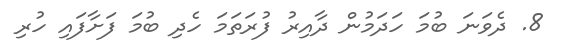
8. ދެވަނަ ބުމަ ހަދަމުން ދާއިރު ފުރަތަމަ ހެދި ބުމަ ފަށާފައި ހުރި